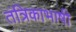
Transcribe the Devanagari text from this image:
तंत्रिकाभाषी